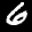
Label: 6